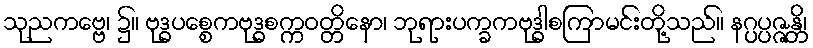
သုညကဗ္ဗေ၊ ၌။ ဗုဒ္ဓပစ္စေကဗုဒ္ဓစက္ကဝတ္တိနော၊ ဘုရားပက္ခကဗုဒ္ဓါစကြာမင်းတို့သည်။ နဂ္ပပ္ပဇ္ဇန္တိ၊